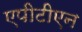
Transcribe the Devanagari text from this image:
एपीटीएन